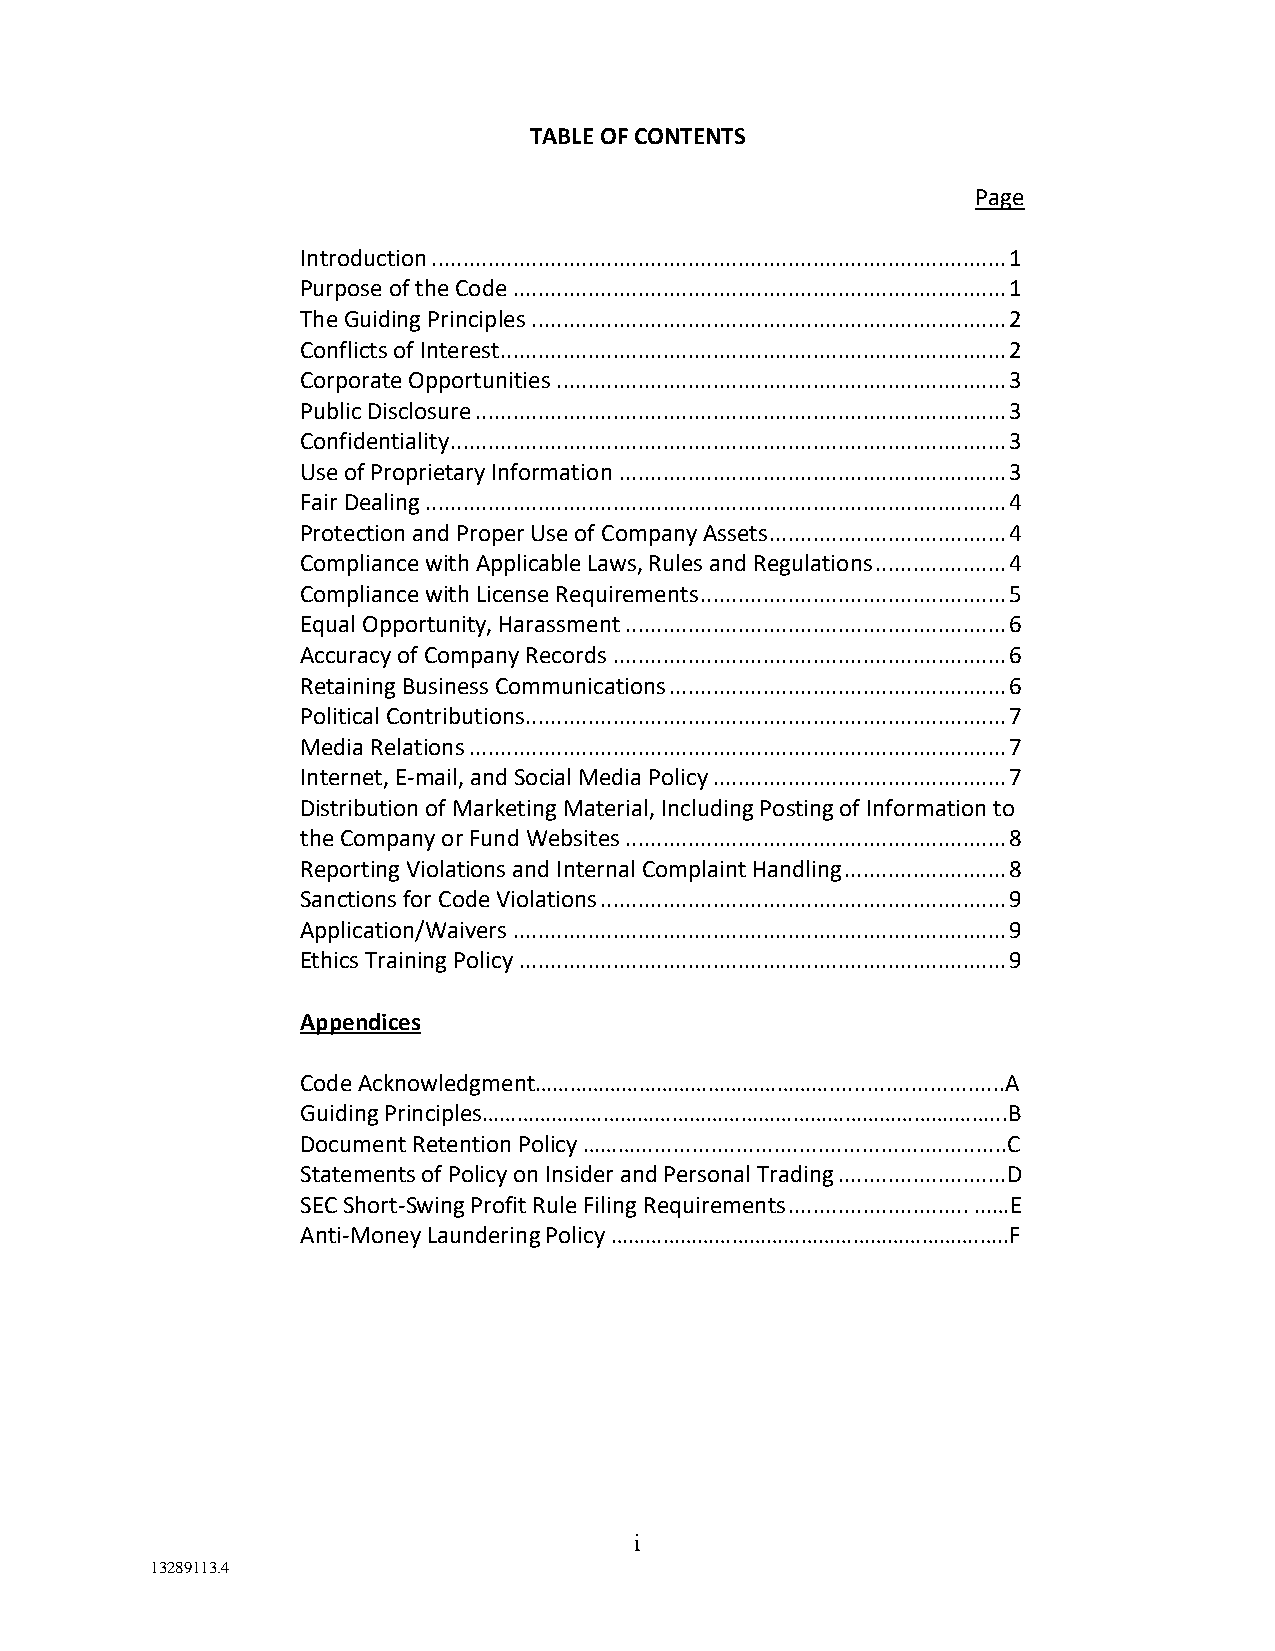
TABLE OF CONTENTS
 Page
 Introduction ............................................................................................ 1
 Purpose of the Code ............................................................................... 1
 The Guiding Principles ............................................................................ 2
 Conflicts of Interest ................................................................................. 2
 Corporate Opportunities ........................................................................ 3
 Public Disclosure ..................................................................................... 3
 Confidentiality ......................................................................................... 3
 Use of Proprietary Information .............................................................. 3
 Fair Dealing ............................................................................................. 4
 Protection and Proper Use of Company Assets ...................................... 4
 Compliance with Applicable Laws, Rules and Regulations ..................... 4
 Compliance with License Requirements ................................................. 5
 Equal Opportunity, Harassment ............................................................. 6
 Accuracy of Company Records ............................................................... 6
 Retaining Business Communications ...................................................... 6
 Political Contributions ............................................................................. 7
 Media Relations ...................................................................................... 7
 Internet, E-mail, and Social Media Policy ............................................... 7
 Distribution of Marketing Material, Including Posting of Information to
 the Company or Fund Websites ............................................................. 8
 Reporting Violations and Internal Complaint Handling .......................... 8
 Sanctions for Code Violations ................................................................. 9
 Application/Waivers ............................................................................... 9
 Ethics Training Policy .............................................................................. 9
 Appendices
 Code Acknowledgment……………………………………………............................A
 Guiding Principles……………………………………………………………………….……...B
 Document Retention Policy ………...........................................................C
 Statements of Policy on Insider and Personal Trading ........................... D
 SEC Short-Swing Profit Rule Filing Requirements ............................. ...…E
 Anti-Money Laundering Policy ……………………………………………………….…..F
 i
 13289113.4